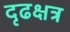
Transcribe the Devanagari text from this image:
दृढक्षत्र